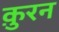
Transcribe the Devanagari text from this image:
क़ुरन